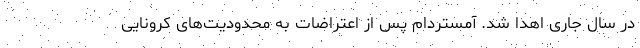
در سال جاری اهدا شد. آمستردام پس از اعتراضات به محدودیت‌های کرونایی